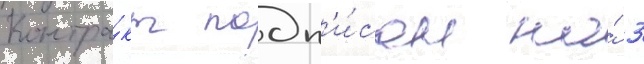
Контра́кт подп'и́сан на́ 3